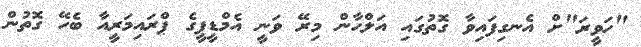
"ހަވީރަ"ށް އެނގިފައިވާ ގޮތުގައި އަލްހާން މިރޭ ވަނީ އެމްޑީޕީގެ ޕްރައިމަރީއާ ބެހޭ ގޮތުން